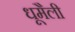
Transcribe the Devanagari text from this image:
धूमैली